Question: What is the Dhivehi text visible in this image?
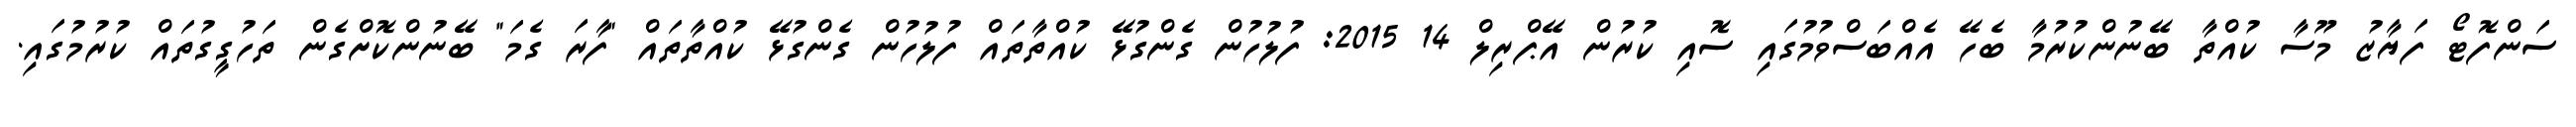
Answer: ސަންފޮޓޯ ފަޔާޒު މޫސާ ކުއްތާ ބޭނުންކުރުމާ ބެހޭ އެއްބަސްވުމުގައި ސޮއި ކުރުން އޭޕްރިލް 14 2015: ފުލުހުން ގެންގުޅޭ ކުއްތާތައް ފުލުހުން ގެންގުޅޭ ކުއްތާތައް "ފާރަ ގެމަ" ބޭނުންކޮށްގެން ތަހުގީގުތައް ކުރުމުގައި.